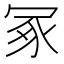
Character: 冢